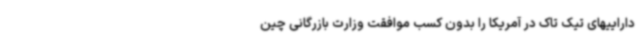
داراییهای تیک تاک در آمریکا را بدون کسب موافقت وزارت بازرگانی چین